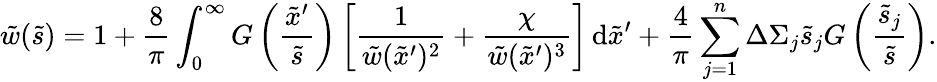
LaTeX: \tilde{w}(\tilde{s})=1+\frac{8}{\pi}\int_{0}^{\infty}G\left(\frac{\tilde{x}^{\prime}}{\tilde{s}}\right)\left[\frac{1}{\tilde{w}(\tilde{x}^{\prime})^{2}}+\frac{\chi}{\tilde{w}(\tilde{x}^{\prime})^{3}}\right]\, \mathrm{d}\tilde{x}^{\prime}+\frac{4}{\pi}\sum_{j=1}^{n}\Delta\Sigma_{j}\tilde{s}_{j}G\left(\frac{\tilde{s}_{j}}{\tilde{s}}\right).